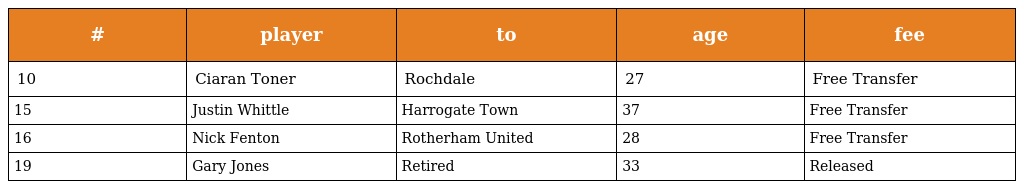
| # | player | to | age | fee |
 | --- | --- | --- | --- | --- |
 | 10 | Ciaran Toner | Rochdale | 27 | Free Transfer |
 | 15 | Justin Whittle | Harrogate Town | 37 | Free Transfer |
 | 16 | Nick Fenton | Rotherham United | 28 | Free Transfer |
 | 19 | Gary Jones | Retired | 33 | Released |